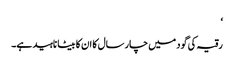
‘
رقیہ کی گود میں چار سال کا ان کا بیٹا ناہید ہے۔